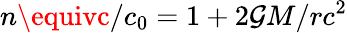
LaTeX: n\equivc/c_{0}=1+2\mathcal{G}M/rc^{2}